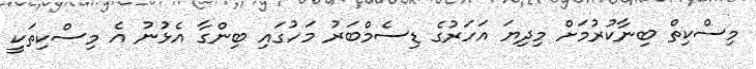
މިސްކިތް ބިނާކުރުމަށް މިދިޔަ އަހަރުގެ ޑިސެމްބަރު މަހުގައި ބިންގާ އެޅުނު އެ މިސްކިތަކީ